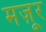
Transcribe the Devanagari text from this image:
मज़ूर